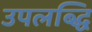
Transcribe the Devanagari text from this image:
उपलब्द्धि